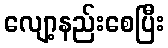
လျော့နည်းစေပြီး